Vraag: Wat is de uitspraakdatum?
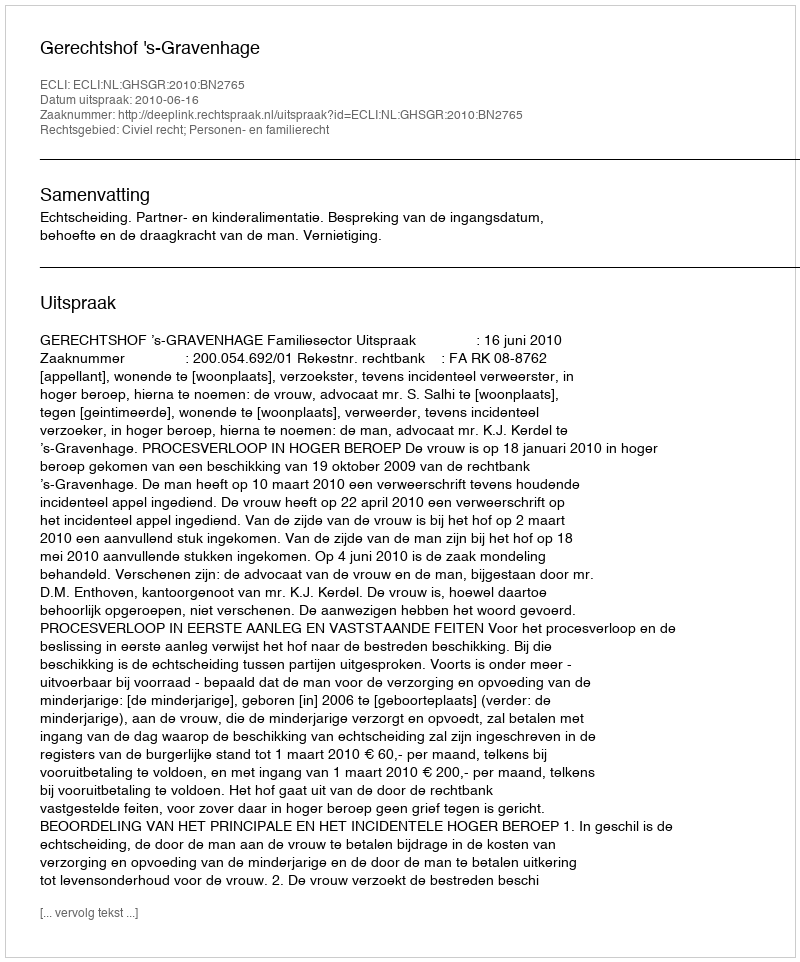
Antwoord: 2010-06-16